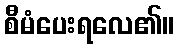
စီမံပေးရလေ၏။